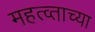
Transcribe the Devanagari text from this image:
महत्व्ताच्या